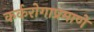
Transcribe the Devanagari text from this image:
कर्करोगाप्रमाणे